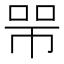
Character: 𢃋